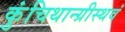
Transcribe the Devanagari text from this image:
कुंचिथान्ग्रीस्थवं